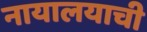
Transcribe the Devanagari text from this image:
नायालयाची